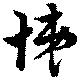
悌